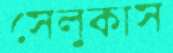
সেলুকাস